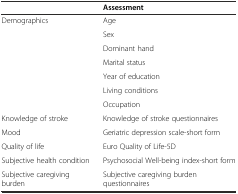
|  | Assessment |
 | --- | --- |
 | Demographics | Age |
 |  | Sex |
 |  | Dominant hand |
 |  | Marital status |
 |  | Year of education |
 |  | Living conditions |
 |  | Occupation |
 | Knowledge of stroke | Knowledge of stroke questionnaires |
 | Mood | Geriatric depression scale-short form |
 | Quality of life | Euro Quality of Life-5D |
 | Subjective health condition | Psychosocial Well-being index-short form |
 | Subjective caregiving burden | Subjective caregiving burden questionnaires |